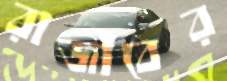
রাজীবের